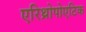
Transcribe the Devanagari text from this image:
एरिथ्रोपोएटिक